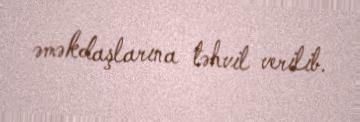
əməkdaşlarına təhvil verilib.